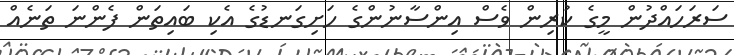
ސަރަހައްދުން މީގެ ކުރިން ވެސް އިންސާނުންގެ ހަށިގަނޑުގެ އެކި ބައިތަން ފެންނަ ތަނެއް